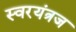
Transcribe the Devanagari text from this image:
स्वरयंत्रज